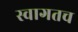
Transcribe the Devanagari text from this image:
स्‍वागतच